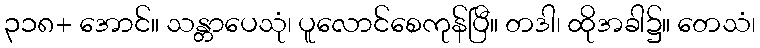
၃၁၈+ အောင်။ သန္တာပေသုံ၊ ပူလောင်စေကုန်ပြီ။ တဒါ၊ ထိုအခါ၌။ တေသံ၊